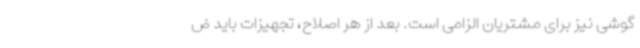
گوشی نیز برای مشتریان الزامی است. بعد از هر اصلاح، تجهیزات باید ض